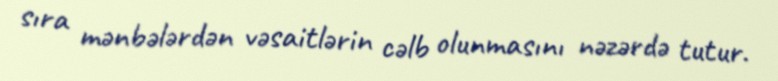
sıra mənbələrdən vəsaitlərin cəlb olunmasını nəzərdə tutur.